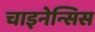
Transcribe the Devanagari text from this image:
चाइनेन्सिस